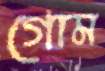
গোম